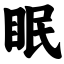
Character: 眠